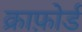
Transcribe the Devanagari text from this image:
क्राफ़ोर्ड